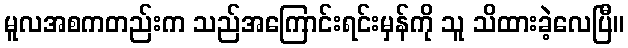
မူလအစကတည်းက သည်အကြောင်းရင်းမှန်ကို သူ သိထားခဲ့လေပြီ။